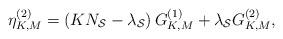
LaTeX: \begin{align*}\eta _{K,M}^{(2)} = \left( {K{N_{\cal S}} - {\lambda _{\cal S}}} \right)G_{K,M}^{(1)} + {\lambda _{\cal S}}G_{K,M}^{(2)},\end{align*}